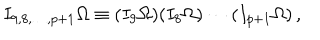
I _ { 9 , 8 , \ldots , p + 1 } \Omega \equiv ( I _ { 9 } \Omega ) ( I _ { 8 } \Omega ) \cdots ( I _ { p + 1 } \Omega ) \, ,